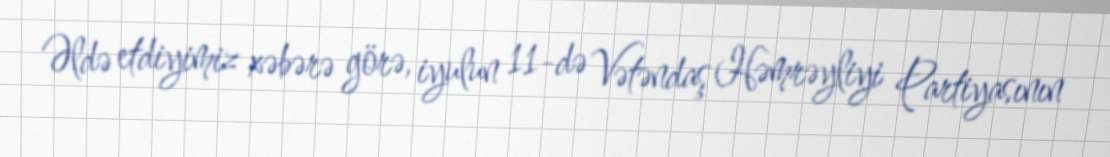
Əldə etdiyimiz xəbərə görə, iyulun 11-də Vətəndaş Həmrəyliyi Partiyasının